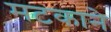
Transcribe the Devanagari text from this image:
मटकाने